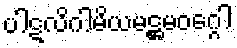
ပါဋလိဂါမိယမဋ္ဌမဝဂ္ဂေါ